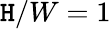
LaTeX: \mathtt{H}/W=1